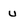
Character: u